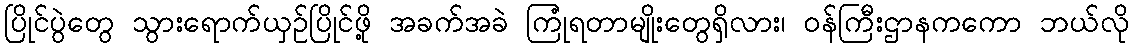
ပြိုင်ပွဲတွေ သွားရောက်ယှဉ်ပြိုင်ဖို့ အခက်အခဲ ကြုံရတာမျိုးတွေရှိလား၊ ဝန်ကြီးဌာနကကော ဘယ်လို